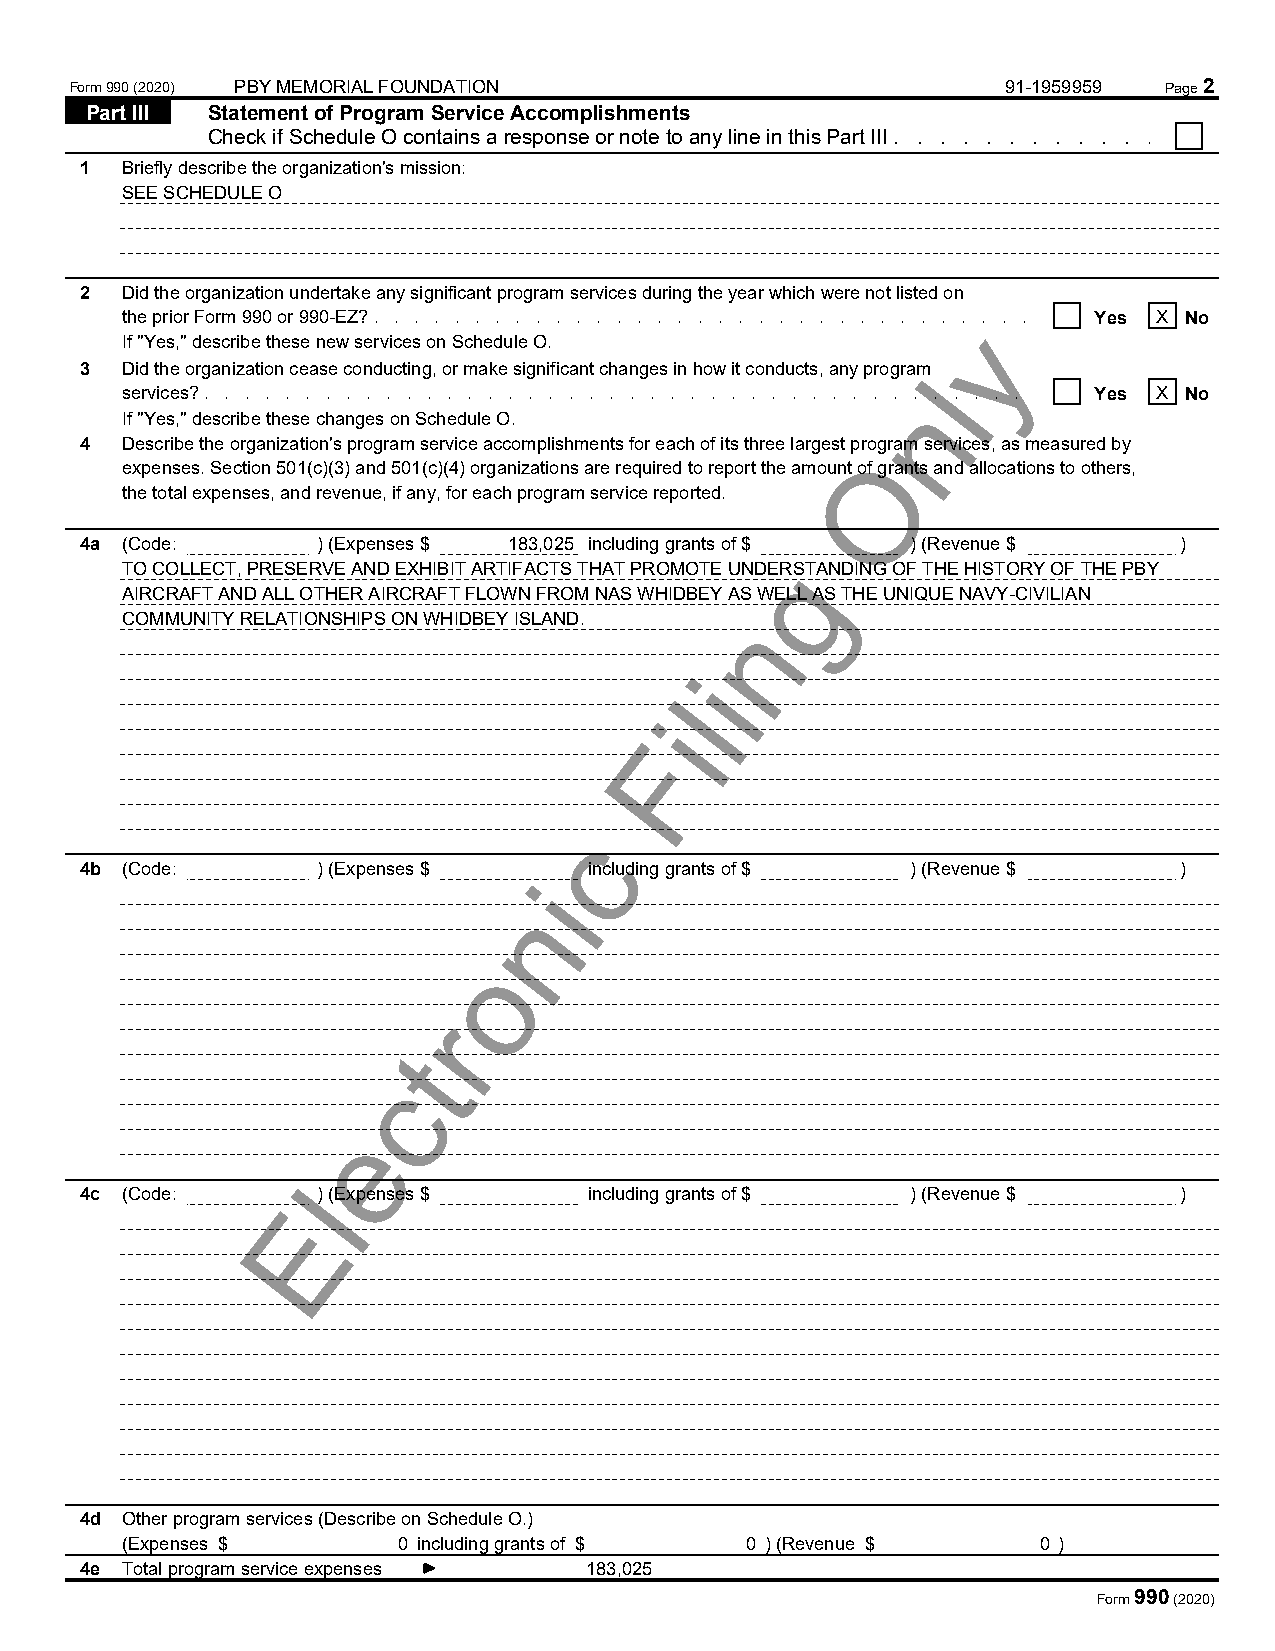
Form 990 (2020) PBY MEMORIAL FOUNDATION                       91-1959959 Page 2
 Part III Statement of Program Service Accomplishments
 Check if Schedule O contains a response or note to any line in this Part III . . . . . . . . . . . . . . . . . . . . . . . . . . . . . . . . . . . . . . . . . . .
 1  Briefly describe the organization's mission:
 SEE SCHEDULE O
 2  Did the organization undertake any significant program services during the year which were not listed on
 the prior Form 990 or 990-EZ? . . . . . . . . . . . . . . . . . . . . . . . . . . . . . y . . . . . . . Y .e s . . X . .N o . . . . . . . . . . . . .
 If "Yes," describe these new services on Schedule O.
 3  Did the organization cease conducting, or make significant changes in how it conducts, any progralm
 services? . . . . . . . . . . . . . . . . . . . . . . . . . . . . . . . . . . n. . . . . . . . . . Y. e .s . .X . N .o . . . . . . . . .
 If "Yes," describe these changes on Schedule O.
 4  Describe the organization's program service accomplishments for each of its three largest Oprogram services, as measured by
 expenses. Section 501(c)(3) and 501(c)(4) organizations are required to report the amount of grants and allocations to others,
 the total expenses, and revenue, if any, for each program service reported.
 4a (Code:       ) (Expenses $ 183,025 including grants of $ ) (Revenue $ )
 g
 TO COLLECT, PRESERVE AND EXHIBIT ARTIFACTS THAT PROMOTE UNDERSTANDING OF THE HISTORY OF THE PBY
 AIRCRAFT AND ALL OTHER AIRCRAFT FLOWN FROM NAS WHIDBEY AS WELL AS THE UNIQUE NAVY-CIVILIAN
 n
 COMMUNITY RELATIONSHIPS ON WHIDBEY ISLAND.
 i
 l
 i
 F
 c
 4b (Code:       ) (Expenses $ iincluding grants of $   ) (Revenue $      )
 n
 o
 r
 t
 c
 e
 l
 4c (Code:       ) (Expenses $     including grants of $ ) (Revenue $     )
 E
 4d Other program services (Describe on Schedule O.)
 (Expenses $       0 including grants of $ 0 ) (Revenue $     0 )
 4e Total program service expenses 183,025
 Form 990 (2020)